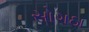
સોગઠા